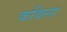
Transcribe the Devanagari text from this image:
कविला